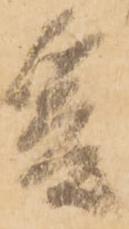
爰